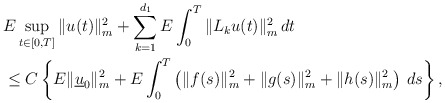
\begin{align*}&E\sup_{t\in[0,T]}\|u(t)\|_m^2+\sum_{k=1}^{d_1}E\int_{0}^T\|L_ku(t)\|_m^2\,dt\\&\leq C\left\{E\|\underline{u}_0\|_m^2 + E\int_{0}^T \left(\|f(s)\|_m^2+\|g(s)\|_m^2+\|h(s)\|_m^2\right)\,ds\right\},\end{align*}